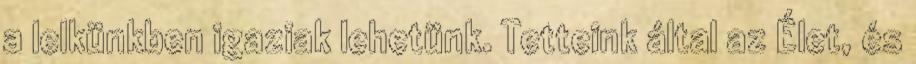
a lelkünkben igaziak lehetünk. Tetteink által az Élet, és